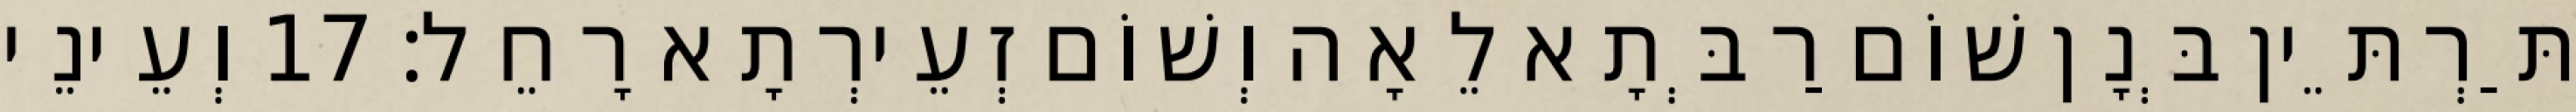
תַּרְתֵּין בְּנָן שׁוֹם רַבְּתָא לֵאָה וְשׁוֹם זְעֵירְתָא רָחֵל׃ 17 וְעֵינֵי